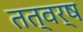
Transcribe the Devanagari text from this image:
तत्वर्ष